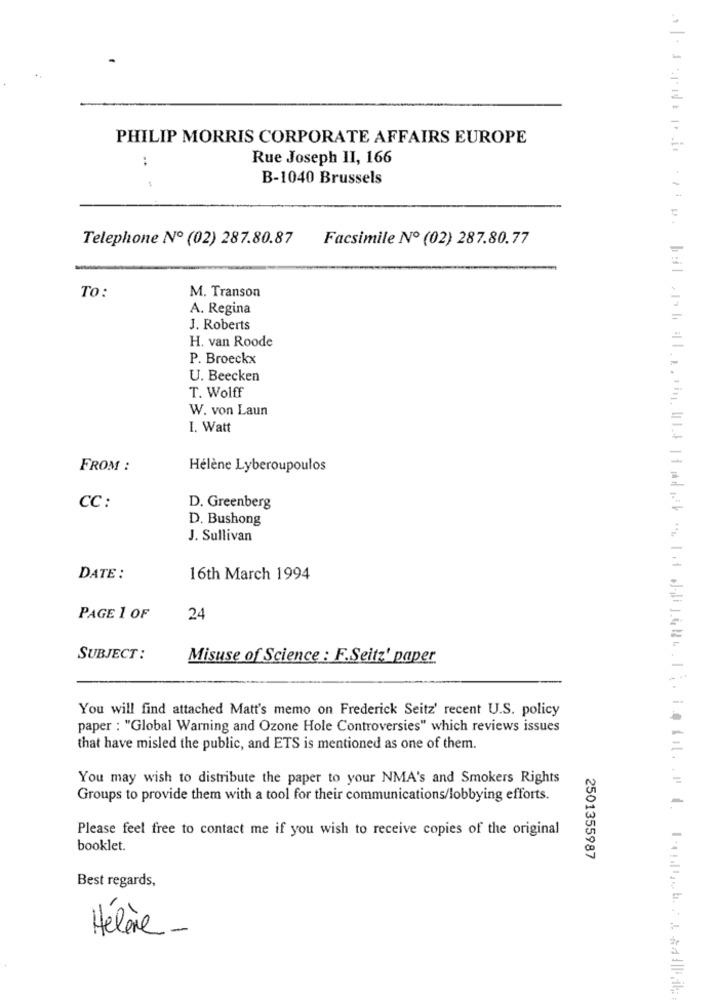
PHILIP MORRIS CORPORATE AFFAIRS EUROPE
..
Rue Joseph II, 166
B-1040 Brussels
Telephone Nº (02) 287.80.87
Facsimile Nº (02) 287.80.77
M. Transon
TO:
A. Regina
J. Roberts
H. van Roode
P. Broeckx
U. Beecken
T. Wolff
W. von Laun
I. Watt
FROM :
Hélène Lyberoupoulos
CC :
D. Greenberg
D. Bushong
J. Sullivan
DATE :
16th March 1994
PAGE 1 OF
24
SUBJECT :
Misuse of Science : F.Seitz' paper.
You will find attached Matt's memo on Frederick Seitz' recent U.S. policy
paper : "Global Warning and Ozone Hole Controversies" which reviews issues
that have misled the public, and ETS is mentioned as one of them.
You may wish to distribute the paper to your NMA's and Smokers Rights
Groups to provide them with a tool for their communications/lobbying efforts.
Please feel free to contact me if you wish to receive copies of the original
booklet.
2501355987
Best regards,
Hélène -